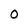
Character: O